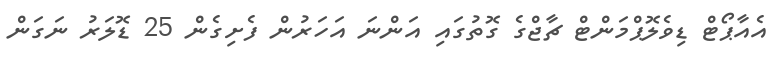
އެއާޕޯޓް ޑިވެލޮޕްމަންޓް ޗާޖްގެ ގޮތުގައި އަންނަ އަހަރުން ފެށިގެން 25 ޑޮލަރު ނަގަން